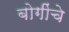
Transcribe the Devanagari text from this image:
बोगींचे